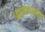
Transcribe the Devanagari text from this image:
अस्तानामध्ये